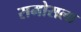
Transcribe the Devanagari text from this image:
रामोसला